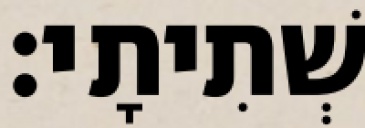
שְׁתִיתָי׃